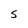
Character: S